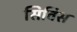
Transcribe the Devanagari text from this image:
सिविस